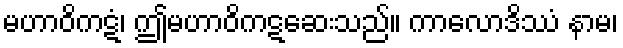
မဟာဝိကဋံ၊ ဤမဟာဝိကဋဆေးသည်။ ကာလောဒိဿံ နာမ၊